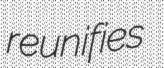
reunifies